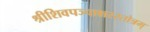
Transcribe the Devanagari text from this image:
श्रीशिवपञ्चाक्षरस्तोत्रम्